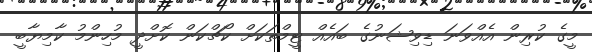
މީގެ ކުރިން އެއްވަނަ ޑިވިޝަނުގެ ބައެއް ޓީމްތަކަށް ކޯޗްކަން ކޮށްދީ މުހިންމު ކާމިޔާބީ